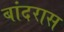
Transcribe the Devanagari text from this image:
बांदरास